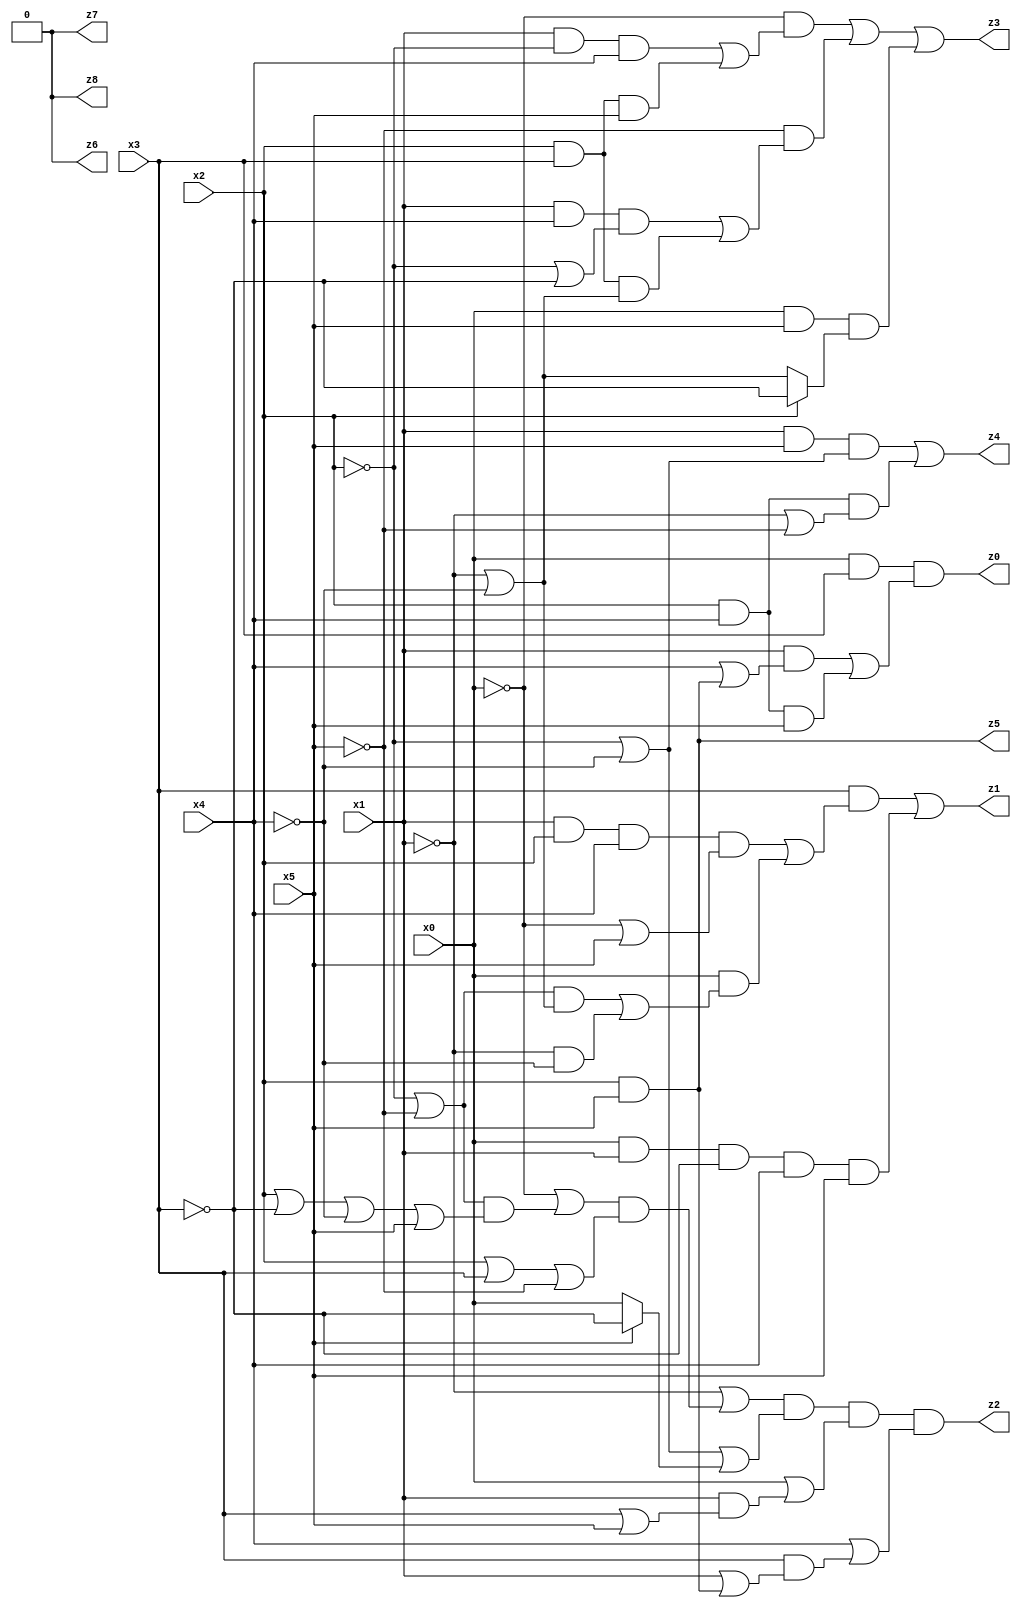
// Benchmark "mult_3x3_8" written by ABC on Fri Dec 09 22:24:26 2022

module mult_3x3_8 ( 
    x0, x1, x2, x3, x4, x5,
    z0, z1, z2, z3, z4, z5, z6, z7, z8  );
  input  x0, x1, x2, x3, x4, x5;
  output z0, z1, z2, z3, z4, z5, z6, z7, z8;
  assign z6 = 1'b0;
  assign z0 = x0 & x3 & ((x1 & (x4 | (x2 & x5))) | (x2 & x4 & x5));
  assign z1 = (x3 & ((x1 & x2 & x4 & (~x0 | x5)) | (x0 & (((~x2 | ~x5) & (~x1 | ~x4)) | (~x1 & ~x4))))) | (x0 & x1 & ~x3 & x4 & x5);
  assign z2 = (~x1 | ((~x0 | ((~x2 | ~x5) & (x2 | ~x3 | ~x4 | x5))) & (x2 | x3 | ~x5))) & (~x2 | ~x4 | (x5 ? ~x3 : x0)) & (x0 | (x1 & (x3 | x5))) & (x4 | (x3 & (x1 | (x2 & x5))));
  assign z3 = (~x0 & ((x1 & ~x2 & x4) | (x2 & x3 & x5))) | (~x5 & ((x1 & x4 & (~x2 | ~x3)) | (x2 & x3 & (~x1 | ~x4)))) | (x0 & x5 & (x2 ? ~x3 : (~x1 | ~x4)));
  assign z4 = (x1 & x5 & (~x2 | ~x4)) | (x2 & x4 & (~x1 | ~x5));
  assign z5 = x2 & x5;
  assign z7 = z6;
  assign z8 = z6;
endmodule